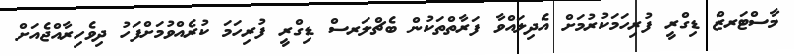
މާސްޓަރޒް ޑިގްރީ ފުރިހަމަކުރުމަށް އެދިލައްވާ ފަރާތްތަކުން ބެޗްލަރސް ޑިގްރީ ފުރިހަމަ ކުރެއްވުމަށްފަހު ދިވެހިރާއްޖެއަށް